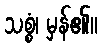
သစ္စံ၊ မှန်၏။